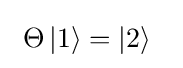
\ \Theta \left|1\right\rangle =\left|2\right\rangle ~~